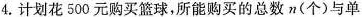
4.计划花500元购买篮球，所能购买的总数n(个)与单